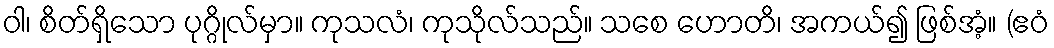
ဝါ၊ စိတ်ရှိသော ပုဂ္ဂိုလ်မှာ။ ကုသလံ၊ ကုသိုလ်သည်။ သစေ ဟောတိ၊ အကယ်၍ ဖြစ်အံ့။ (ဧဝံ